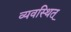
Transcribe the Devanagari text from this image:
व्यवस्थित्